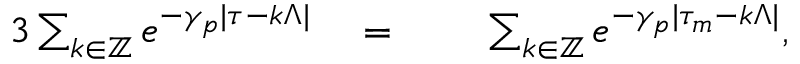
\begin{array} { r l r l } { { 3 } \sum _ { k \in \mathbb { Z } } e ^ { - \gamma _ { p } | \tau - k \Lambda | } } & { { } { } = { } } & { } & { { } \sum _ { k \in \mathbb { Z } } e ^ { - \gamma _ { p } | \tau _ { m } - k \Lambda | } , } \end{array}